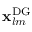
\mathbf { x } _ { l m } ^ { \mathrm { { D G } } }